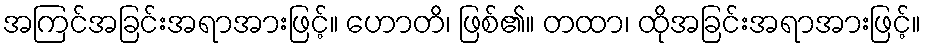
အကြင်အခြင်းအရာအားဖြင့်။ ဟောတိ၊ ဖြစ်၏။ တထာ၊ ထိုအခြင်းအရာအားဖြင့်။